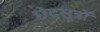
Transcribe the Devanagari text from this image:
छेदसूत्रों